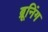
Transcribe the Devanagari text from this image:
ब्रूनिंग